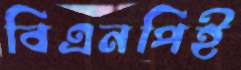
বিএনপিই